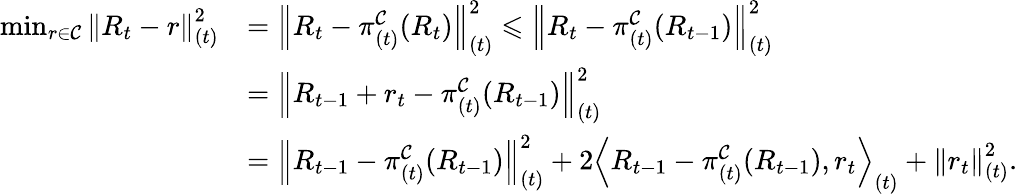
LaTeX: \begin{array}{rl}{\operatorname*{min}_{r\in\mathcal{C}}\left\| R_{t}-r\right\| _{(t)}^{2}}&{=\left\| R_{t}-\pi_{(t)}^{\mathcal{C}}(R_{t})\right\| _{(t)}^{2}\leqslant\left\| R_{t}-\pi_{(t)}^{\mathcal{C}}(R_{t-1})\right\| _{(t)}^{2}}\\ &{=\left\| R_{t-1}+r_{t}-\pi_{(t)}^{\mathcal{C}}(R_{t-1})\right\| _{(t)}^{2}}\\ &{=\left\| R_{t-1}-\pi_{(t)}^{\mathcal{C}}(R_{t-1})\right\| _{(t)}^{2}+2\left<R_{t-1}-\pi_{(t)}^{\mathcal{C}}(R_{t-1}),r_{t}\right>_{(t)}+\left\| r_{t}\right\| _{(t)}^{2}.}\end{array}